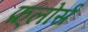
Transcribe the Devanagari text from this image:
फ़्लोर्स